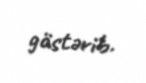
göstərib.